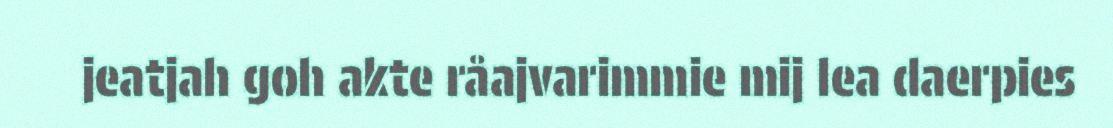
jeatjah goh akte råajvarimmie mij lea daerpies